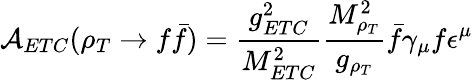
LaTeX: {\cal A}_{ETC}(\rho_{T}\rightarrow f\bar{f})=\frac{g_{ETC}^{2}}{M_{ETC}^{2}}\frac{M_{\rho_{T}}^{2}}{g_{\rho_{T}}}\bar{f}\gamma_{\mu}f\epsilon^{\mu}